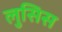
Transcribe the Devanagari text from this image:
लुसिस